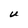
Character: U